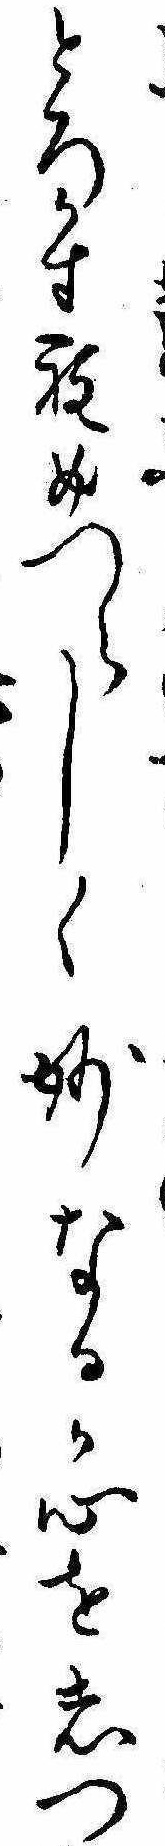
とろかす程めつらしく妙なるか心をしつ